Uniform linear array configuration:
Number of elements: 32
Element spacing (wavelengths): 0.5
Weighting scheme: hann
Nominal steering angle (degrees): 60
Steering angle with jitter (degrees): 60.962
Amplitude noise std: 0.05
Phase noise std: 0.05

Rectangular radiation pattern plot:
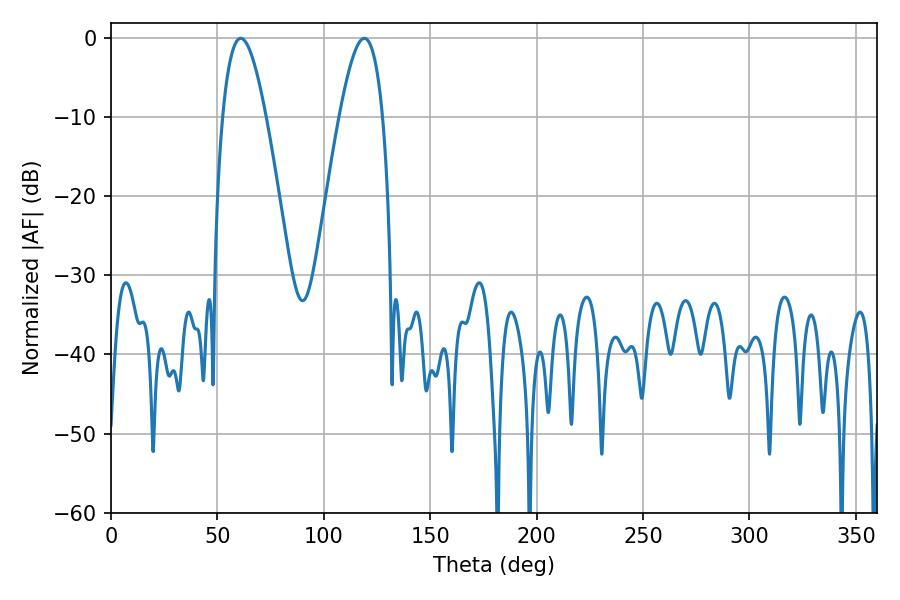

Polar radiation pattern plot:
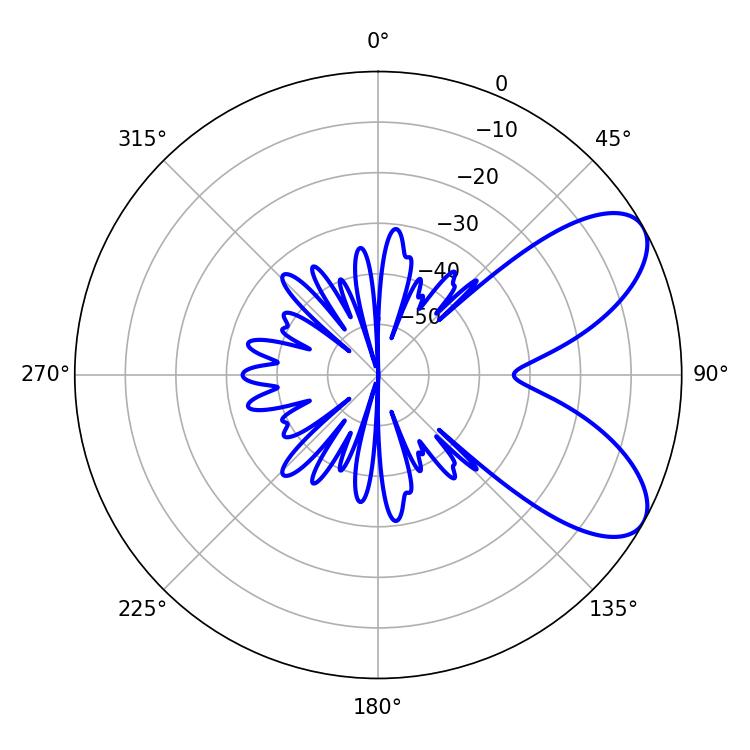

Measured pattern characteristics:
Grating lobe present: FALSE
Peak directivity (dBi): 7.349
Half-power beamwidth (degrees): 10.98
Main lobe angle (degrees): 61.02